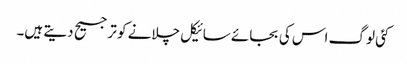
کئی لوگ اس کی بجائے سائیکل چلانے کو ترجیح دیتے ہیں۔